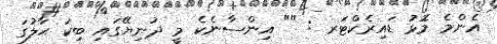
އެންމެ މޮޅު ޑައިރެކްޓަރ : "" އިންސާނެކެ މީ ދުނިޔޭގައި ބިކަ ޙާލުގަ